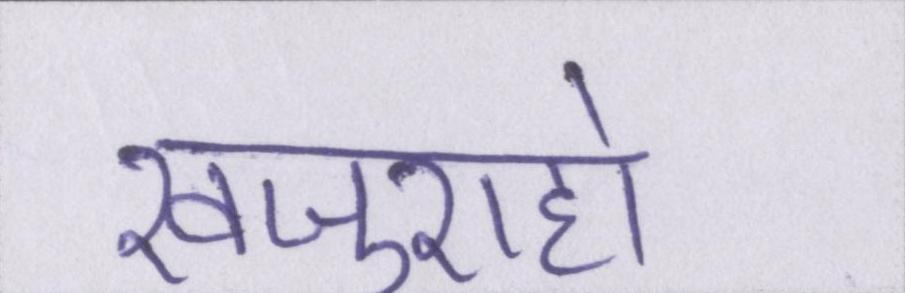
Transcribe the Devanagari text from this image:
खजुराहो